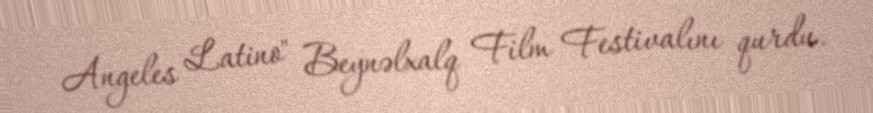
Angeles Latino" Beynəlxalq Film Festivalını qurdu.